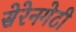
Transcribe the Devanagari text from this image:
सेरेनगेटी